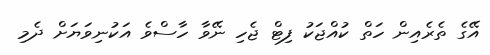
އޭގެ ތެރެއިން ހަތް ކުއްޖަކު ފިޓް ޖެހި ނޭވާ ހާސްވެ އަކުނިވަޔަށް ދެމި